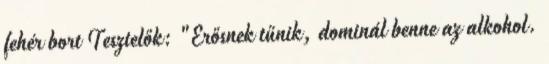
fehér bort Tesztelők: "Erősnek tűnik, dominál benne az alkohol.